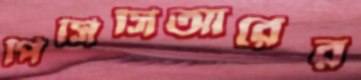
পিসিসিআরের